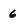
Character: 6